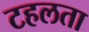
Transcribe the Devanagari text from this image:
टहलता